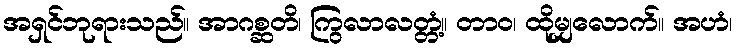
အရှင်ဘုရားသည်။ အာဂစ္ဆတိ၊ ကြွလာလတ္တံ့။ တာဝ၊ ထိုမျှလောက်။ အဟံ၊